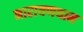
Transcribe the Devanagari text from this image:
नारायणथान